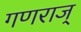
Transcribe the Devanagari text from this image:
गणराज्